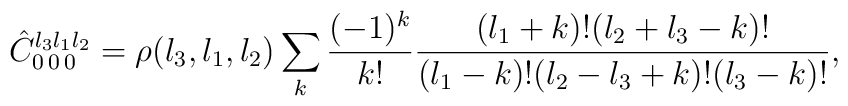
\hat{C}^{l_3 l_1 l_2}_{0\,0\,0} = \rho({l_3 , l_1, l_2})\sum_k {(-1)^k\over k!} {(l_1+k)! (l_2+l_3-k)!\over (l_1-k)! (l_2-l_3+k)! (l_3-k)!},